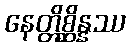
နေတ္တိစ္ဆိန္နဿ